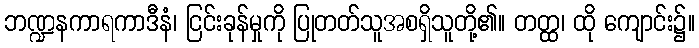
ဘဏ္ဍနကာရကာဒီနံ၊ ငြင်းခုန်မှုကို ပြုတတ်သူအစရှိသူတို့၏။ တတ္ထ၊ ထို ကျောင်း၌။